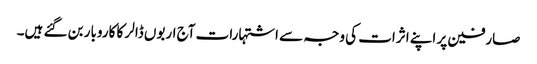
صارفین پر اپنے اثرات کی وجہ سے اشتہارات آج اربوں ڈالر کا کاروبار بن گئے ہیں۔